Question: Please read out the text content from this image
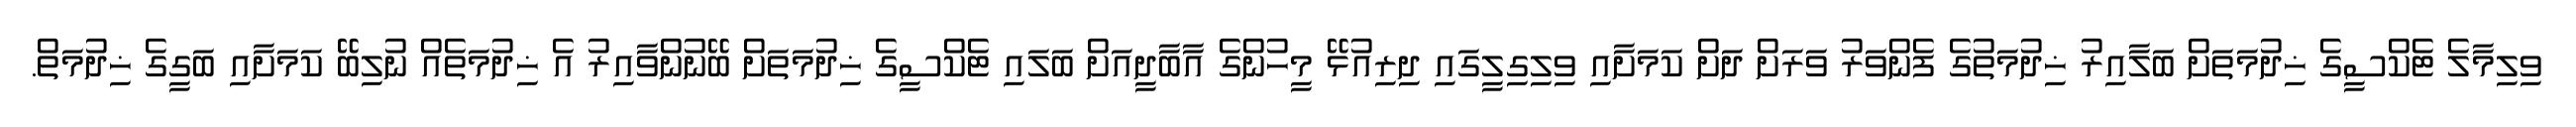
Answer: ވިލިމާލެ ޓެކްސީގެ ޚިދުމަތަށް ބަލާއިރު ޚިދުމަތުގެ ފެންވަރު ވަރަށް ދަށް ކަމަށާއި ވިލިގިލީގައި ދިރިއުޅޭ މީހުންގެ އާބާދީއަށް ބަލައި ޓެކްސީގެ ޚިދުމަތަށް ބޭނުންވާއިރު އެ ޚިދުމަތެއް ނުލިބޭ ކަމަށާއި ބަގީގެ ޚިދުމަތް.